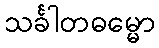
သင်္ခါတဓမ္မော